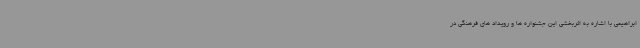
ابراهیمی با اشاره به اثربخشی این جشنواره ها و رویداد های فرهنگی در